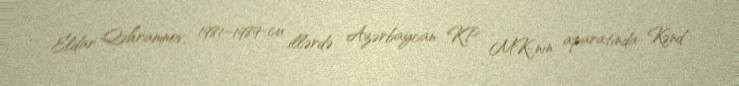
Eldar Qəhramnov, 1981–1989-cu illərdə Azərbaycan KP MK-nın aparatında Kənd